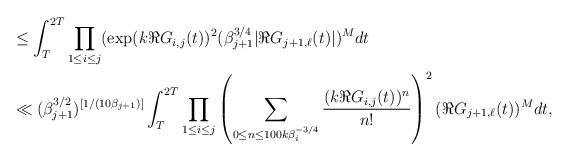
LaTeX: \begin{align*} &\le \int_{T}^{2T} \prod_{1\le i \le j} (\exp (k \Re G_{i, j}(t))^2 (\beta_{j+1}^{3/4} |\Re G_{j+1,\ell}(t) |)^{M} dt\\&\ll (\beta_{j+1}^{3/2})^{[1/(10\beta_{j+1})]} \int_{T}^{2T} \prod_{1\le i \le j} \left( \sum_{0\le n \le 100k \beta_{i}^{-3/4}} \frac{(k\Re G_{i,j}(t))^n}{n!} \right)^2 (\Re G_{j+1,\ell}(t) )^{M} dt, \end{align*}